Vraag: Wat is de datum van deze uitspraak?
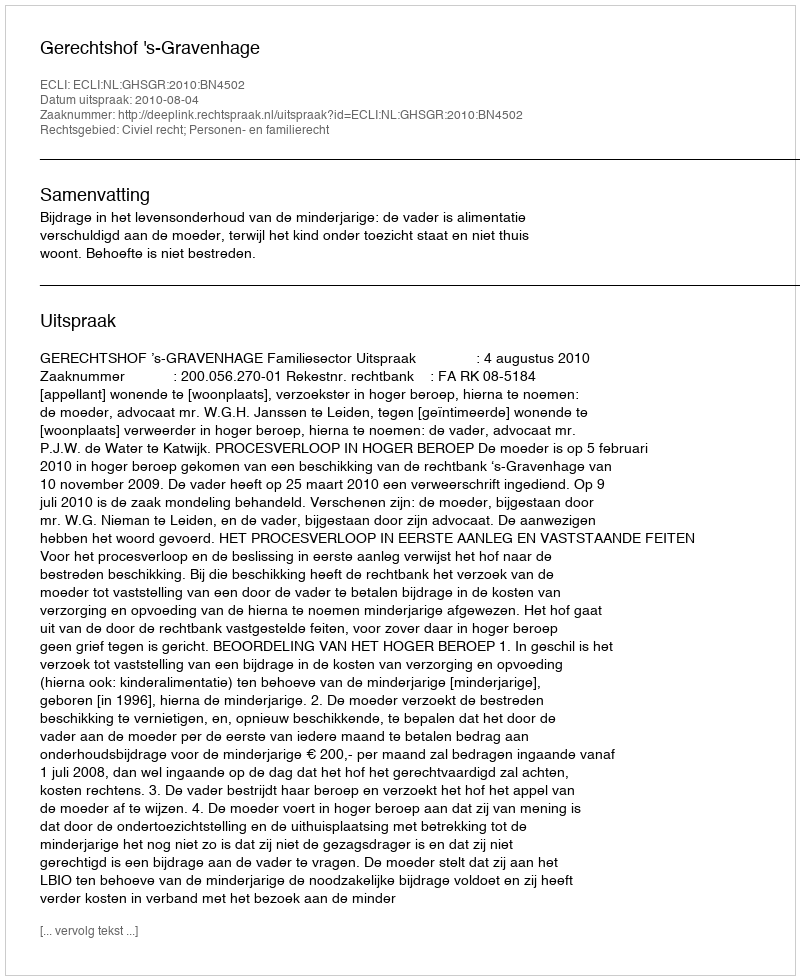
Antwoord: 2010-08-04